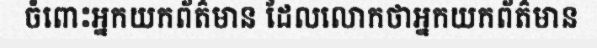
ចំពោះអ្នកយកព័ត៌មាន ដែលលោកថាអ្នកយកព័ត៌មាន